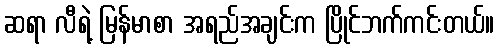
ဆရာ လီရဲ့ မြန်မာစာ အရည်အချင်းက ပြိုင်ဘက်ကင်းတယ်။